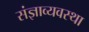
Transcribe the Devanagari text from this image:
संज्ञाव्यवस्था